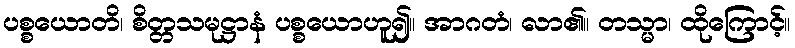
ပစ္စယောတိ၊ စိတ္တသမုဋ္ဌာနံ ပစ္စယောဟူ၍။ အာဂတံ၊ လာ၏။ တသ္မာ၊ ထိုကြောင့်။